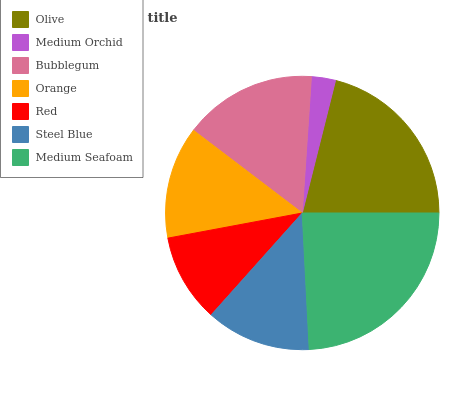
| Olive | Medium Orchid | Bubblegum | Orange | Red | Steel Blue | Medium Seafoam |
 | --- | --- | --- | --- | --- | --- | --- |
 | 21.2% | 2.85% | 15.7% | 13.3% | 10.4% | 12.4% | 24.2% |